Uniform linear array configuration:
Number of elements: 8
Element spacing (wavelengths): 0.75
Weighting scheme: kaiser
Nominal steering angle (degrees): -30
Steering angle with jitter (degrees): -28.929
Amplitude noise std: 0.05
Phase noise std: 0.05

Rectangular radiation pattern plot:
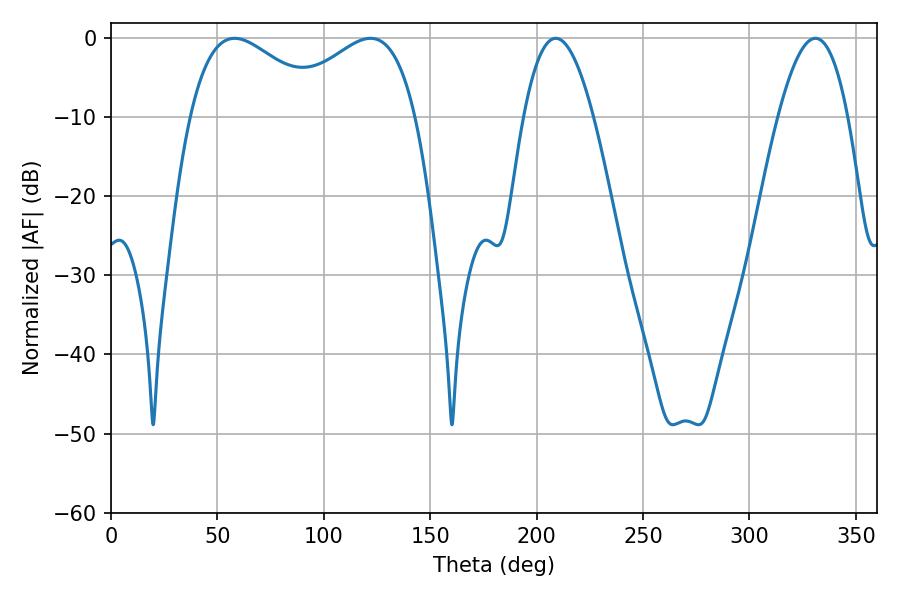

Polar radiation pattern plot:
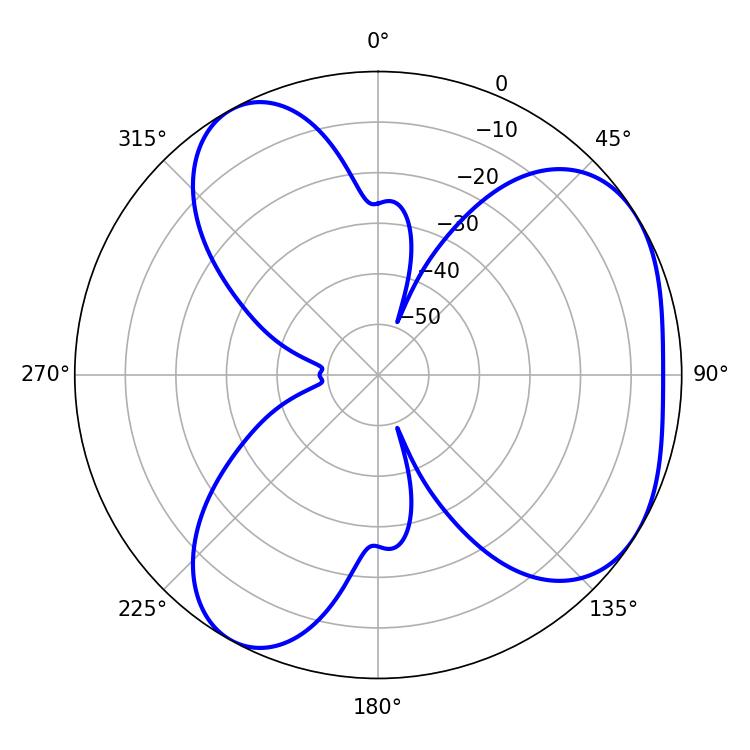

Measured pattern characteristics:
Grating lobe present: TRUE
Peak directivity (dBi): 4.479
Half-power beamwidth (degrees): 18
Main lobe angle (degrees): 208.98